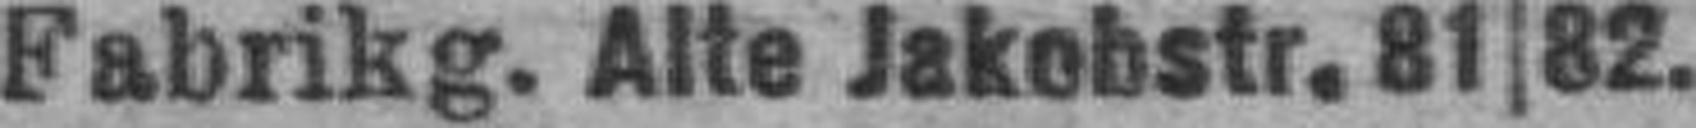
Fabrikg. Alte Jakobstr. 81|82.